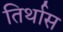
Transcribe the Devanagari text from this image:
तिर्थास